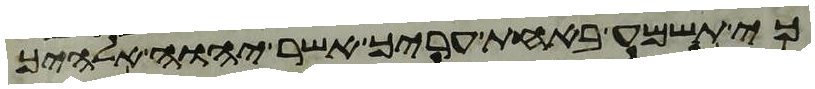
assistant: כי תשמע באחת עריך אשר יהוה אלהיך